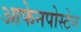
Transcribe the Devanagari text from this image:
आफेनपोस्टेन